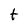
Character: t